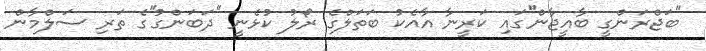
''ބަޖްރަންގީ ބާއީޖާން''ގައި ކަރީނާ އާއެކު ބަތަލްގެ ރޯލު ކުޅެނީ ''ދަބަންގު''ގެ ތަރި ސަލްމާން